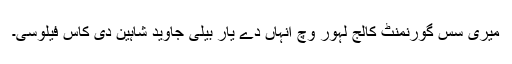
میری سس گورنمنٹ کالج لہور وچ انہاں دے یار بیلی جاوید شاہین دی کاس فیلوسی۔